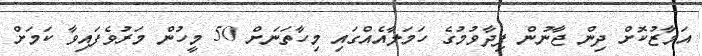
އަމާޒުކޮށް ދިން ޖާނުން ފިދާވުމުގެ ހަމަލާއެއްގައި މިހާތަނަށް 50 މީހުން މަރުވެފައިވާ ކަމަށް